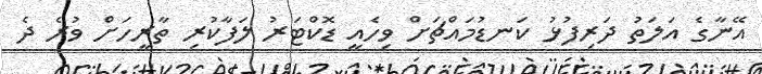
އޭނާގެ އަލަތު ދަރިފުޅު ކަނޑުމައްޗަށް ވިހެއީ ޑޮކްޓަރު ލަފާކުރި ތާރީހަށް ވުރެ ދެ